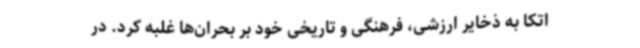
اتکا به ذخایر ارزشی، فرهنگی و تاریخی خود بر بحران‌ها غلبه کرد. در